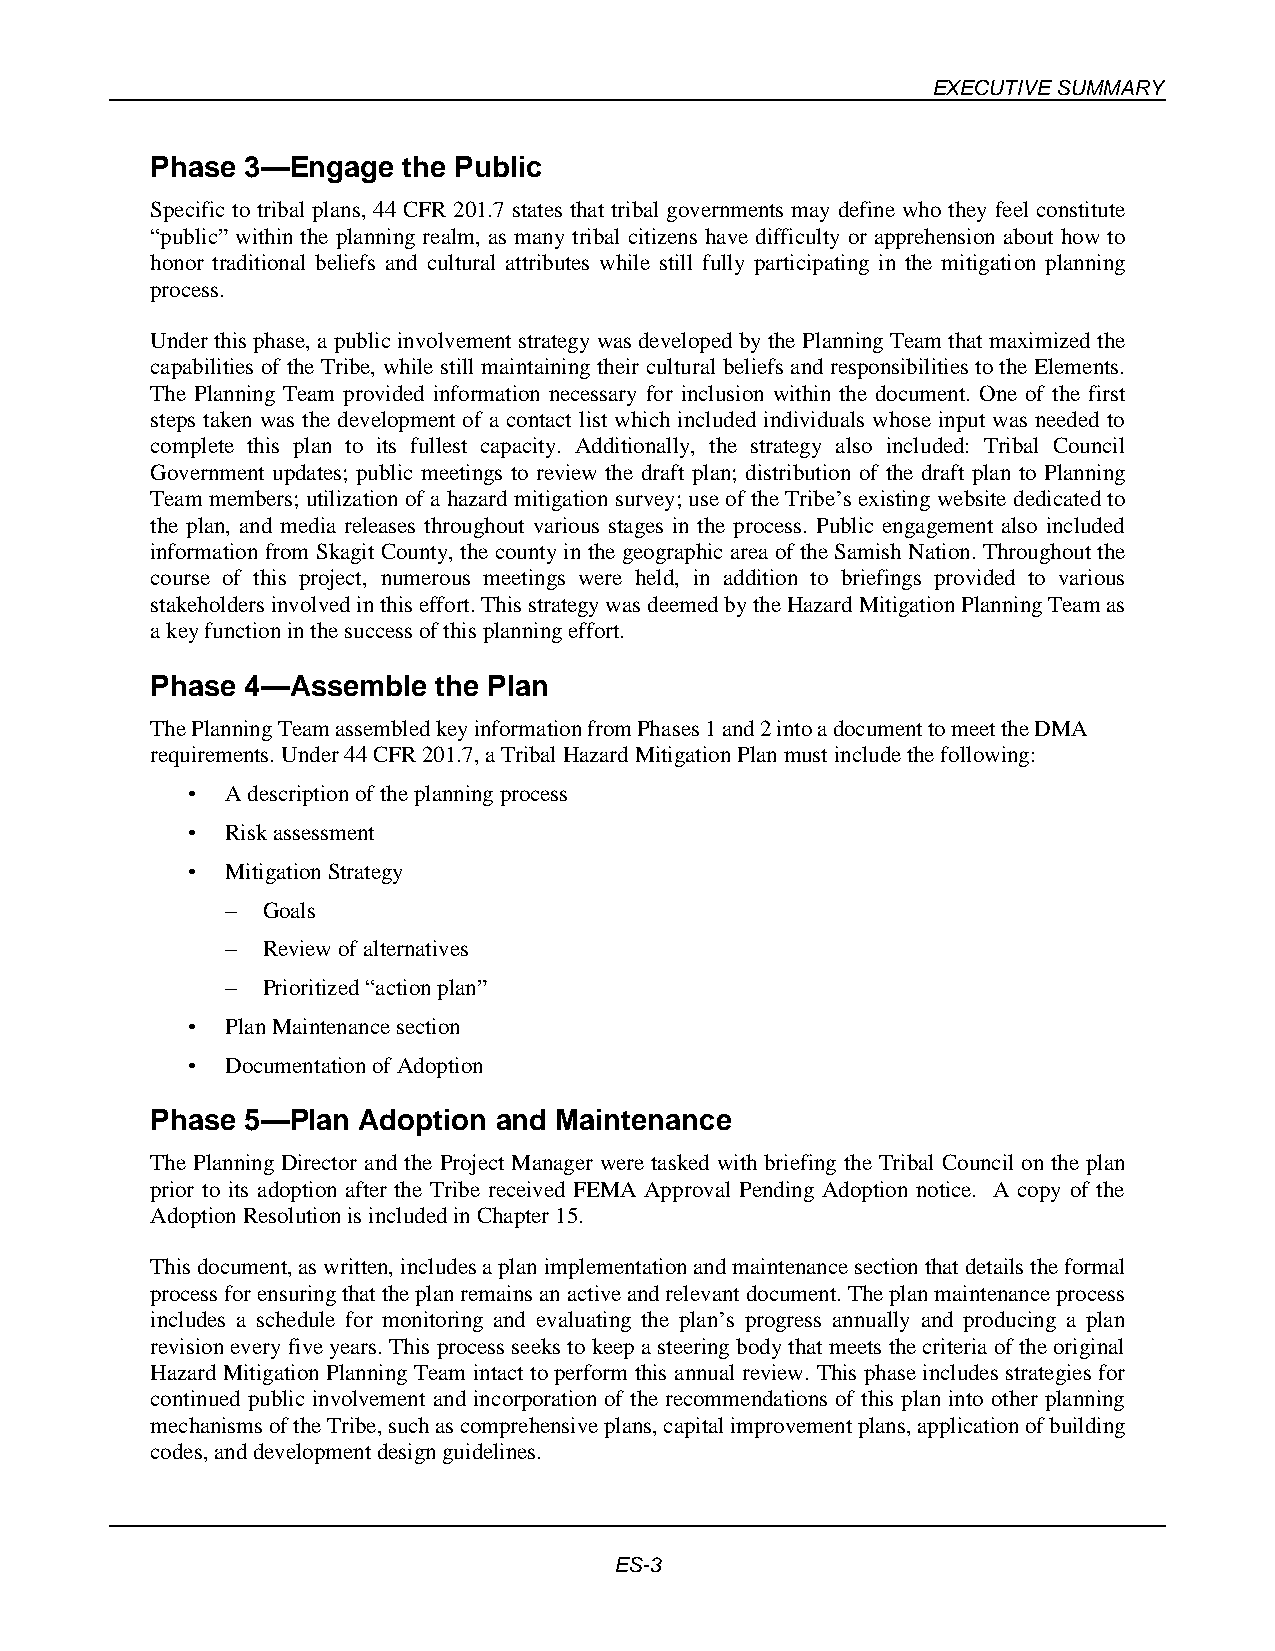
EXECUTIVE SUMMARY
 Phase 3—Engage   the Public
 Specific to tribal plans, 44 CFR 201.7 states that tribal governments may define who they feel constitute
 “public” within the planning realm, as many tribal citizens have difficulty or apprehension about how to
 honor traditional beliefs and cultural attributes while still fully participating in the mitigation planning
 process.
 Under this phase, a public involvement strategy was developed by the Planning Team that maximized the
 capabilities of the Tribe, while still maintaining their cultural beliefs and responsibilities to the Elements.
 The Planning Team provided information necessary for inclusion within the document. One of the first
 steps taken was the development of a contact list which included individuals whose input was needed to
 complete this plan to its fullest capacity. Additionally, the strategy also included: Tribal Council
 Government updates; public meetings to review the draft plan; distribution of the draft plan to Planning
 Team members; utilization of a hazard mitigation survey; use of the Tribe’s existing website dedicated to
 the plan, and media releases throughout various stages in the process. Public engagement also included
 information from Skagit County, the county in the geographic area of the Samish Nation. Throughout the
 course of this project, numerous meetings were held, in addition to briefings provided to various
 stakeholders involved in this effort. This strategy was deemed by the Hazard Mitigation Planning Team as
 a key function in the success of this planning effort.
 Phase 4—Assemble   the Plan
 The Planning Team assembled key information from Phases 1 and 2 into a document to meet the DMA
 requirements. Under 44 CFR 201.7, a Tribal Hazard Mitigation Plan must include the following:
 •  A description of the planning process
 •  Risk assessment
 •  Mitigation Strategy
 – Goals
 – Review of alternatives
 – Prioritized “action plan”
 •  Plan Maintenance section
 •  Documentation of Adoption
 Phase 5—Plan  Adoption and Maintenance
 The Planning Director and the Project Manager were tasked with briefing the Tribal Council on the plan
 prior to its adoption after the Tribe received FEMA Approval Pending Adoption notice. A copy of the
 Adoption Resolution is included in Chapter 15.
 This document, as written, includes a plan implementation and maintenance section that details the formal
 process for ensuring that the plan remains an active and relevant document. The plan maintenance process
 includes a schedule for monitoring and evaluating the plan’s progress annually and producing a plan
 revision every five years. This process seeks to keep a steering body that meets the criteria of the original
 Hazard Mitigation Planning Team intact to perform this annual review. This phase includes strategies for
 continued public involvement and incorporation of the recommendations of this plan into other planning
 mechanisms of the Tribe, such as comprehensive plans, capital improvement plans, application of building
 codes, and development design guidelines.
 ES-3